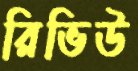
রিভিউ